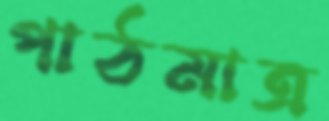
পাঠমাত্র